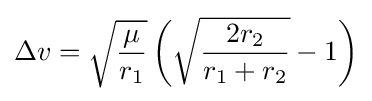
\Delta v={\sqrt {\frac {\mu }{r_{1}}}}\left({\sqrt {\frac {2r_{2}}{r_{1}+r_{2}}}}-1\right)